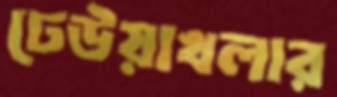
ঢেউয়াখলার